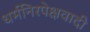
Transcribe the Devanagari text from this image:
धर्मनिरपेक्षवादी